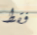
فقط